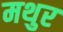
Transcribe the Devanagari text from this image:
मथुर